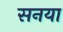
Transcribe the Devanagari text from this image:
सनया